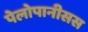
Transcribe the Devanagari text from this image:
पेलोपानीसस